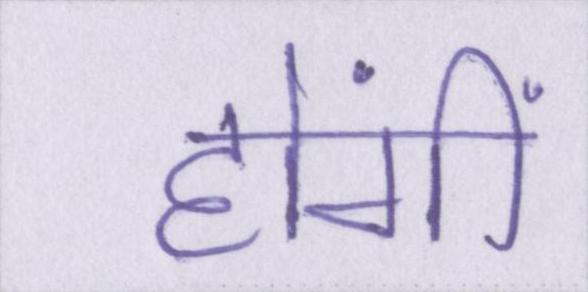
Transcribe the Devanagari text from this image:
होंगीं